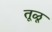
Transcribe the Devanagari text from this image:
तूळू